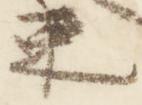
束